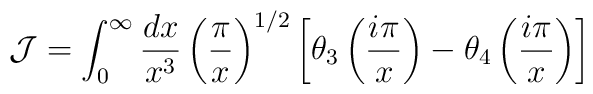
{\cal J}=\int_0^\infty{dx\over x^3}\left({\pi\over x}\right)^{1/2}\left[ \theta_3\left({i\pi\over x}\right)-\theta_4\left({i\pi\over x}\right)\right]